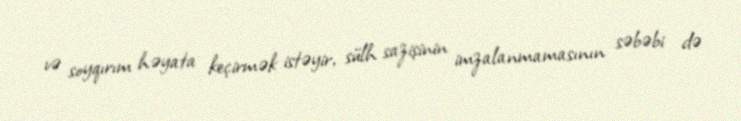
və soyqırım həyata keçirmək istəyir, sülh sazişinin imzalanmamasının səbəbi də